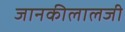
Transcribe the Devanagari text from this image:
जानकीलालजी